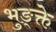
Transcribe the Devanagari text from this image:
भुङ्क्ते